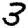
Digit: 3